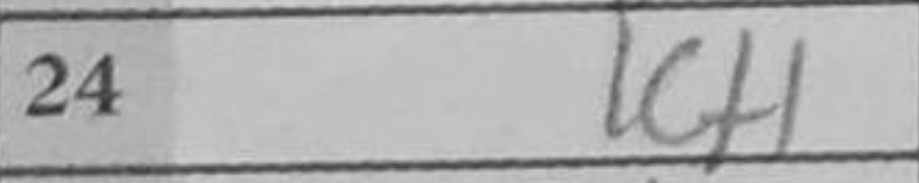
Transcription: Kf1